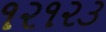
૧૨૧૨૩